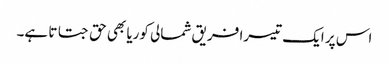
اس پر ایک تیسرا فریق شمالی کوریا بھی حق جتاتا ہے۔